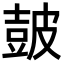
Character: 皷